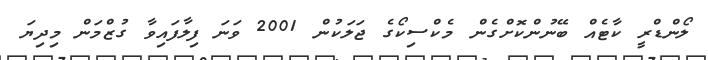
ލޯންޑްރީ ކާޓެއް ބޭނުންކޮށްގެން މެކްސިކޯގެ ޖަލަކުން 2001 ވަނަ ފިލާފައިވާ ގުޒްމަން މިދިޔަ